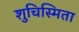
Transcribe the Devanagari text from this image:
शुचिस्मिता